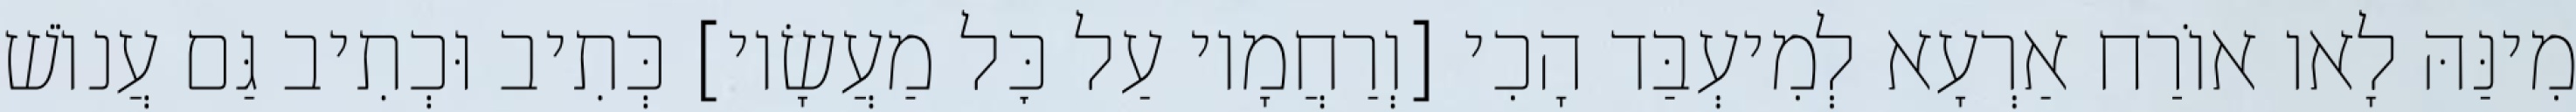
מִינַּהּ לָאו אוֹרַח אַרְעָא לְמִיעְבַּד הָכִי [וְרַחֲמָיו עַל כׇּל מַעֲשָׂיו] כְּתִיב וּכְתִיב גַּם עֲנוֹשׁ